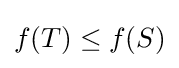
f(T)\leq f(S)